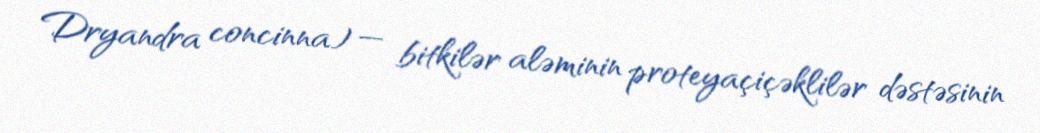
Dryandra concinna) — bitkilər aləminin proteyaçiçəklilər dəstəsinin